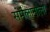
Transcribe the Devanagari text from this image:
संमॆलानाला